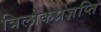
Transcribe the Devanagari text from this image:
त्रिलोकप्रज्ञप्ति